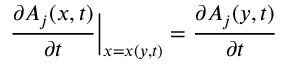
\frac { \partial A _ { j } ( x , t ) } { \partial { t } } \Big | _ { x = x ( y , t ) } = \frac { \partial A _ { j } ( y , t ) } { \partial { t } }